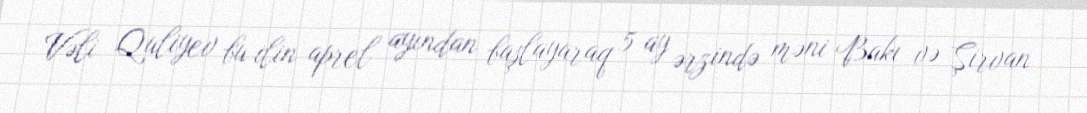
Vəli Quliyev bu ilin aprel ayından başlayaraq 5 ay ərzində məni Bakı və Şirvan